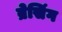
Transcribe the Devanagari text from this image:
ब्रेसिंग